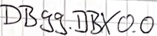
Text: DB99.DBX0.0